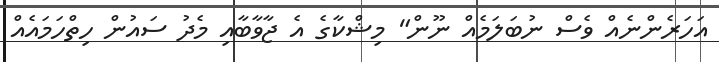
އަހަރެންނެއް ވެސް ނުބަލަމެއް ނޫން" މިޝްކާގެ އެ ޖާވާބާއި މެދު ސައުން ހިތްހަމައެއް